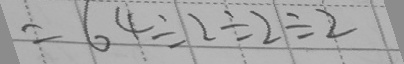
= 6 4 \div 2 \div 2 \div 2